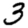
Digit: 3